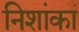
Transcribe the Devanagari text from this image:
निशांका